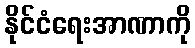
နိုင်ငံရေးအာဏာကို